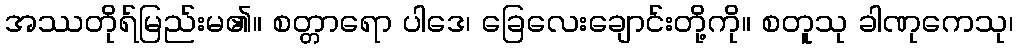
အဿတိုရ်မြည်းမ၏။ စတ္တာရော ပါဒေ၊ ခြေလေးချောင်းတို့ကို။ စတူသု ခါဏုကေသု၊